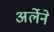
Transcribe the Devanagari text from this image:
अर्लेने